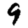
Digit: 9